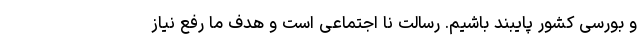
و بورسی کشور پایبند باشیم. رسالت نا اجتماعی است و هدف ما رفع نیاز